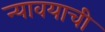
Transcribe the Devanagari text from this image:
न्यावयाची